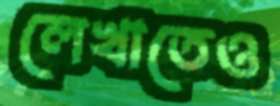
লেখাতেও